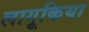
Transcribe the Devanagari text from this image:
लागूकिया